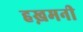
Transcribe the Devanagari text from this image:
हख़मनी